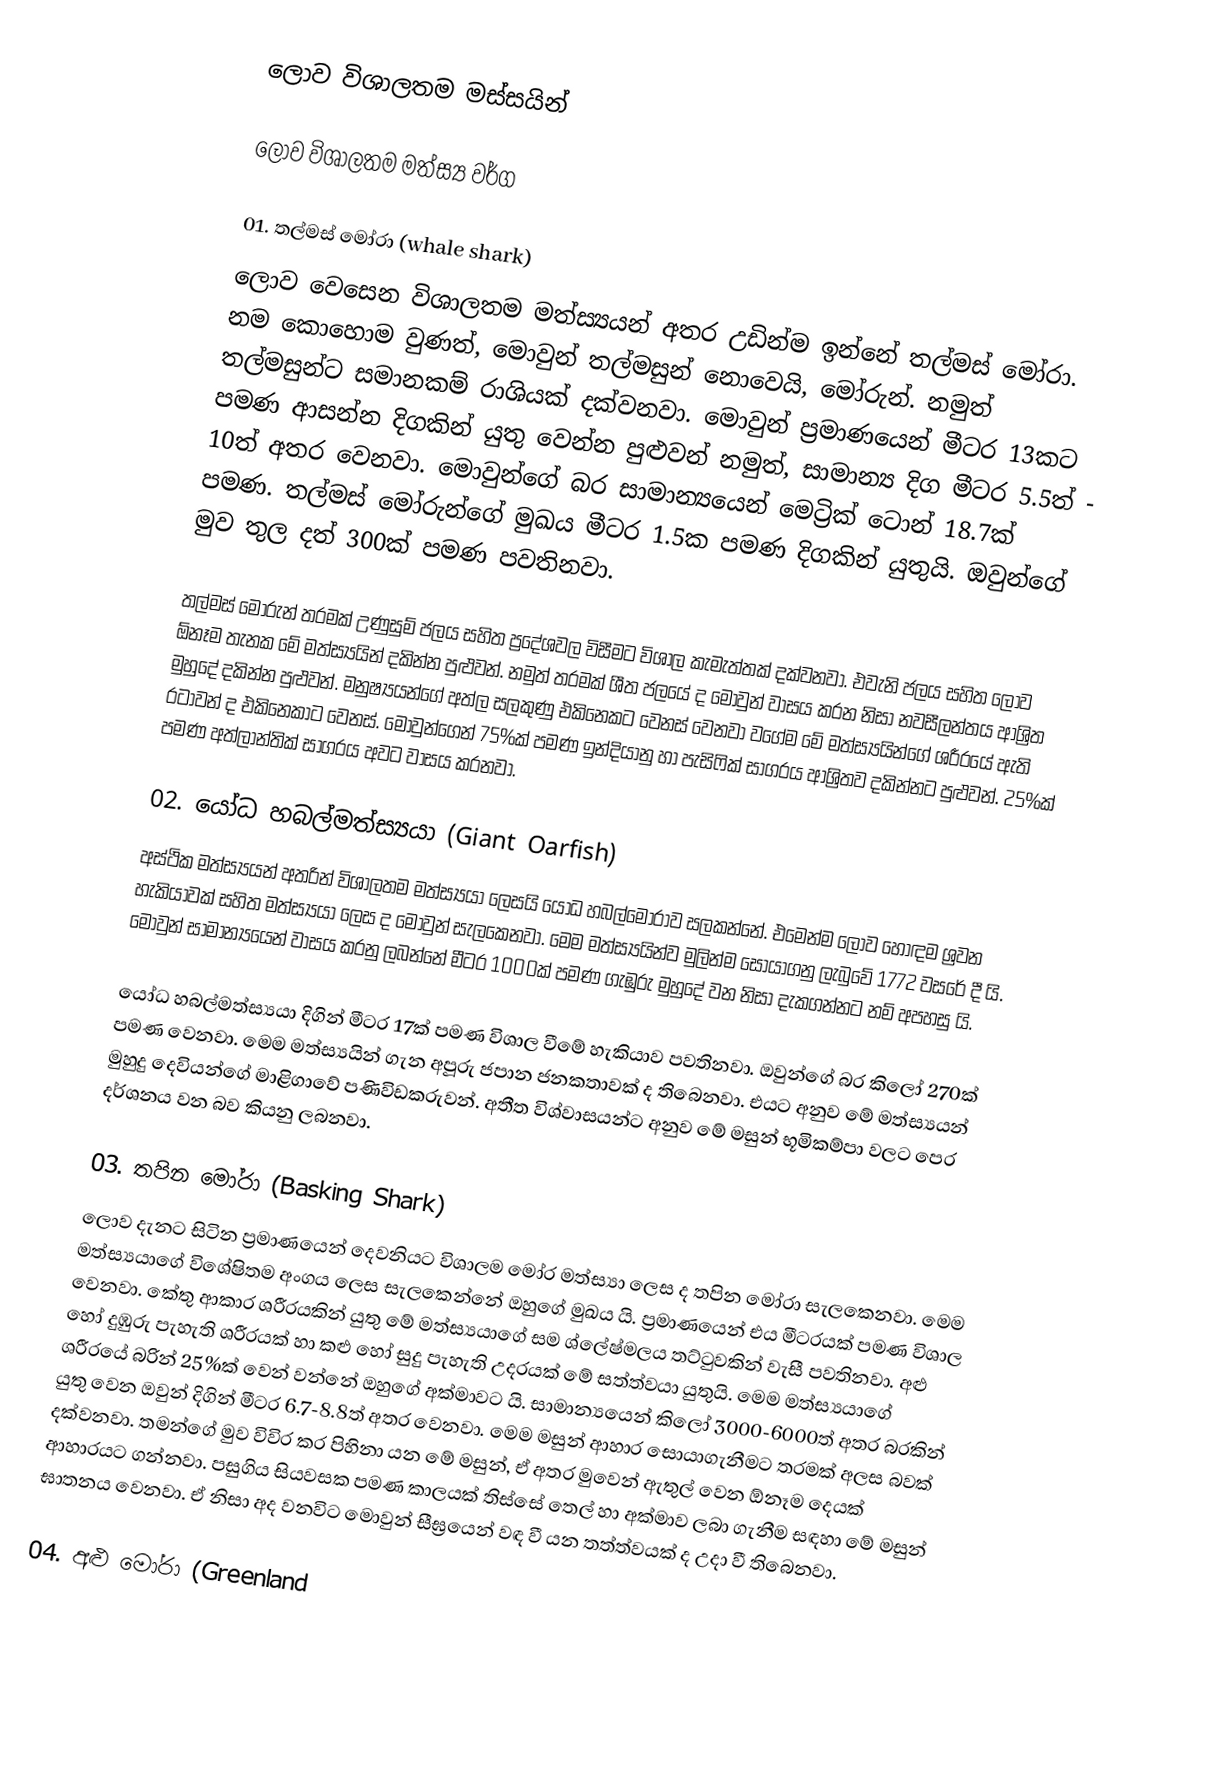
ලොව විශාලතම මස්සයින්

ලොව විශාලතම මත්ස්‍ය වර්ග

01. තල්මස් මෝරා (whale shark)
ලොව වෙසෙන විශාලතම මත්ස්‍යයන් අතර උඩින්ම ඉන්නේ තල්මස් මෝරා. නම කොහොම වුණත්, මොවුන් තල්මසුන් නොවෙයි, මෝරුන්. නමුත් තල්මසුන්ට සමානකම් රාශියක් දක්වනවා. මොවුන් ප්‍රමාණයෙන් මීටර 13කට පමණ ආසන්න දිගකින් යුතු වෙන්න පුළුවන් නමුත්, සාමාන්‍ය දිග මීටර 5.5ත් - 10ත් අතර වෙනවා. මොවුන්ගේ බර සාමාන්‍යයෙන් මෙට්‍රික් ටොන් 18.7ක් පමණ. තල්මස් මෝරුන්ගේ මුඛය මීටර 1.5ක පමණ දිගකින් යුතුයි. ඔවුන්ගේ මුව තුල දත් 300ක් පමණ පවතිනවා.

තල්මස් මෝරුන් තරමක් උණුසුම් ජලය සහිත ප්‍රදේශවල විසීමට විශාල කැමැත්තක් දක්වනවා. එවැනි ජලය සහිත ලොව ඕනෑම තැනක මේ මත්ස්‍යයින් දකින්න පුළුවන්. නමුත් තරමක් ශීත ජලයේ ද මොවුන් වාසය කරන නිසා නවසීලන්තය ආශ්‍රිත මුහුදේ දකින්න පුළුවන්. මනුෂ්‍යයන්ගේ අත්ල සලකුණු එකිනෙකට වෙනස් වෙනවා වගේම මේ මත්ස්‍යයින්ගේ ශරීරයේ ඇති රටාවන් ද එකිනෙකාට වෙනස්. මොවුන්ගෙන් 75%ක්  පමණ ඉන්දියානු හා පැසිෆික් සාගරය ආශ්‍රිතව දකින්නට පුළුවන්. 25%ක් පමණ අත්ලාන්තික් සාගරය අවට වාසය කරනවා.

02. යෝධ හබල්මත්ස්‍යයා (Giant Oarfish)
අස්ථික මත්ස්‍යයන් අතරින් විශාලතම මත්ස්‍යයා ලෙසයි යෝධ හබල්මෝරාව සලකන්නේ. එමෙන්ම ලොව හොඳම ශ්‍රවන හැකියාවක් සහිත මත්ස්‍යයා ලෙස ද මොවුන් සැලකෙනවා. මෙම මත්ස්‍යයින්ව මුලින්ම සොයාගනු ලැබුවේ 1772 වසරේ දී යි. මොවුන් සාමාන්‍යයෙන් වාසය කරනු ලබන්නේ මීටර 1000ක් පමණ ගැඹුරු මුහුදේ වන නිසා දැකගන්නට නම් අපහසු යි.

යෝධ හබල්මත්ස්‍යයා දිගින් මීටර 17ක් පමණ විශාල වීමේ හැකියාව පවතිනවා. ඔවුන්ගේ බර කිලෝ 270ක් පමණ වෙනවා. මෙම මත්ස්‍යයින් ගැන අපූරු ජපාන ජනකතාවක් ද තිබෙනවා. එයට අනුව මේ මත්ස්‍යයන් මුහුදු දෙවියන්ගේ මාළිගාවේ පණිවිඩකරුවන්. අතීත විශ්වාසයන්ට අනුව මේ මසුන් භූමිකම්පා වලට පෙර දර්ශනය වන බව කියනු ලබනවා.

03. තපින මෝරා (Basking Shark)
ලොව දැනට සිටින ප්‍රමාණයෙන් දෙවනියට විශාලම මෝර මත්ස්‍යා ලෙස ද තපින මෝරා සැලකෙනවා. මෙම මත්ස්‍යයාගේ විශේෂිතම අංගය ලෙස සැලකෙන්නේ ඔහුගේ මුඛය යි. ප්‍රමාණයෙන් එය මීටරයක් පමණ විශාල වෙනවා. කේතු ආකාර ශරීරයකින් යුතු මේ මත්ස්‍යයාගේ සම ශ්ලේෂ්මලය තට්ටුවකින් වැසී පවතිනවා. අළු හෝ දුඹුරු පැහැති ශරීරයක් හා කළු හෝ සුදු පැහැති උදරයක් මේ සත්ත්වයා යුතුයි. මෙම මත්ස්‍යයාගේ ශරීරයේ බරින් 25%ක් වෙන් වන්නේ ඔහුගේ අක්මාවට යි. සාමාන්‍යයෙන් කිලෝ 3000-6000ත් අතර බරකින් යුතු වෙන ඔවුන් දිගින් මීටර 6.7-8.8ත් අතර වෙනවා. මෙම මසුන් ආහාර සොයාගැනීමට තරමක් අලස බවක් දක්වනවා. තමන්ගේ මුව විවිර කර පිහිනා යන මේ මසුන්, ඒ අතර මුවෙන් ඇතුල් වෙන ඕනෑම දෙයක් ආහාරයට ගන්නවා. පසුගිය සියවසක පමණ කාලයක් තිස්සේ තෙල් හා අක්මාව ලබා ගැනීම සඳහා මේ මසුන් ඝාතනය වෙනවා. ඒ නිසා අද වනවිට මොවුන් සීඝ්‍රයෙන් වඳ වී යන තත්ත්වයක් ද උදා වී තිබෙනවා.

04. අළු මෝරා (Greenland